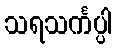
သရသင်္ကပ္ပါ